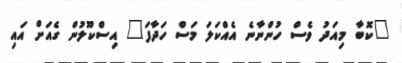
"ކޮބާ މިއަދު ވެސް ހުންނާނެ އެއްކަލަ މަސް ހަދާފަ" އިސްކޫލުން ގެއަށް އައި